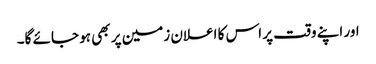
اور اپنے وقت پر اس کا اعلان زمین پر بھی ہو جائے گا۔